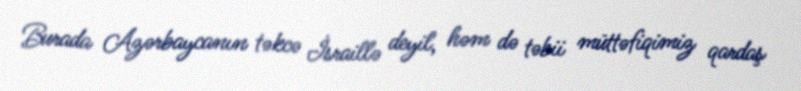
Burada Azərbaycanın təkcə İsraillə deyil, həm də təbii müttəfiqimiz qardaş